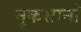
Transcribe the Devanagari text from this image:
नुकसानॉ